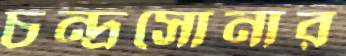
চন্দ্রসোনার